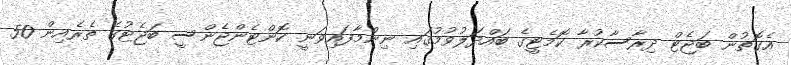
އެގޮތުން ބަޖެޓް ދިރާސާކުރާ ކޮމެޓީގެ ބައްދަލުވުމުގައި ނިންމާފައިވަނީ ކޮންޓެންޖެންސީ ބަޖެޓުގެ ތެރެއިން 50